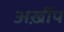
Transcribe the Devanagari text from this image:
अर्ख़ीप